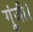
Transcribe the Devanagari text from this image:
गूंजी।